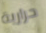
حرارية